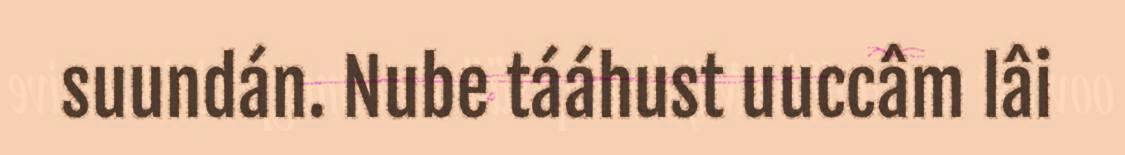
suundán. Nube tááhust uuccâm lâi